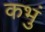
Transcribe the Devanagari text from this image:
कभुं